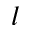
l